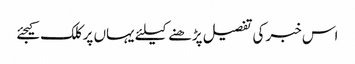
اس خبر کی تفصیل پڑھنے کیلئے یہاں پر کلک کیجئے